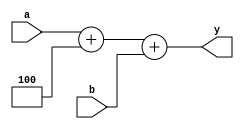
`timescale 1ns / 1ps
//////////////////////////////////////////////////////////////////////////////////
// Company: 
// Engineer: 
// 
// Design Name: 
// Module Name:    adder 
// Project Name: 
// Target Devices: 
// Tool versions: 
// Description: 
//
// Dependencies: 
//
// Revision: 
// Revision 0.01 - File Created
// Additional Comments: 
//
//////////////////////////////////////////////////////////////////////////////////
module Adder32(
    input [31:0] a,
    input [31:0] b,
    output [31:0] y
    );
	assign y=a+4+b;

endmodule